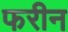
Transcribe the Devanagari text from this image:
फरीन